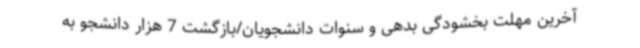
آخرین مهلت بخشودگی بدهی و سنوات دانشجویان/بازگشت 7 هزار دانشجو به